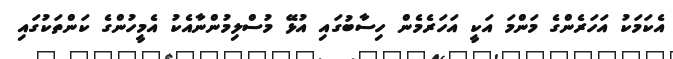
އެކަމަކު އަހަރެންގެ މަންމަ އަކީ އަހަރެމެން ހިސާބުގައި އުޅޭ މުސްލިމުންނާއެކު އެމީހުންގެ ކަންތަކުގައި